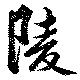
陵